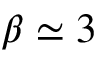
\beta \simeq 3